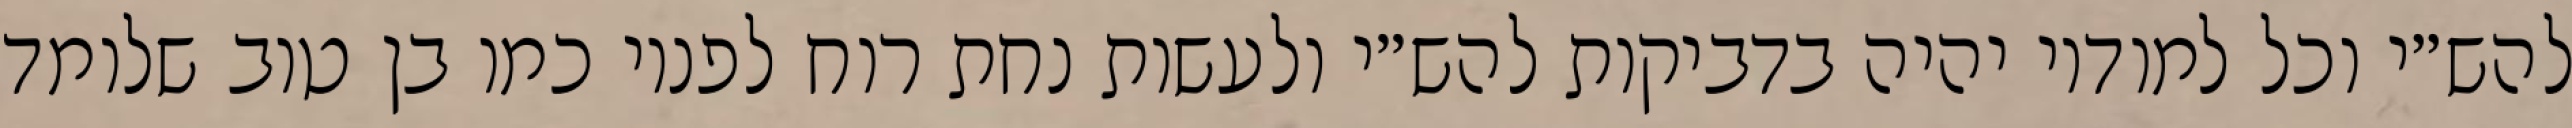
להש״י וכל למודיו יהיה בדביקות להש״י ולעשות נחת רוח לפניו כמו בן טוב שלומד